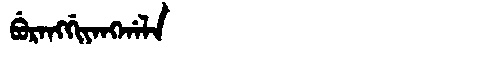
Manchu: ᠪᡠᡵᠠᠩᡤᡳᠶᠠᠩᡤᠠᠯᠠ
Romanization: BURANGGIYANGGALA